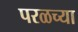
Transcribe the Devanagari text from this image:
परळच्या